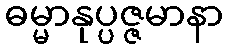
ဓမ္မာနုပ္ပဇ္ဇမာနာ